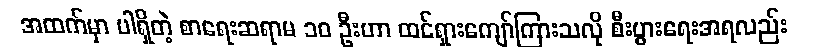
အထက်မှာ ပါရှိတဲ့ စာရေးဆရာမ ၁၀ ဦးဟာ ထင်ရှားကျော်ကြားသလို စီးပွားရေးအရလည်း